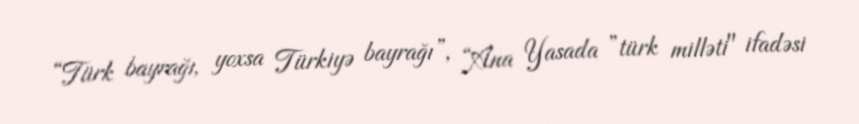
“Türk bayrağı, yoxsa Türkiyə bayrağı”, “Ana Yasada ”türk milləti" ifadəsi